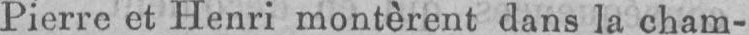
et Henri montèrent dans la cham-